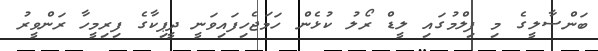
ބަންސާލީގެ މި ފިލްމުގައި ލީޑް ރޯލު ކުޅެން ހަމަޖެހިފައިވަނީ ދީޕިކާގެ ފިރިމީހާ ރަންވީރު